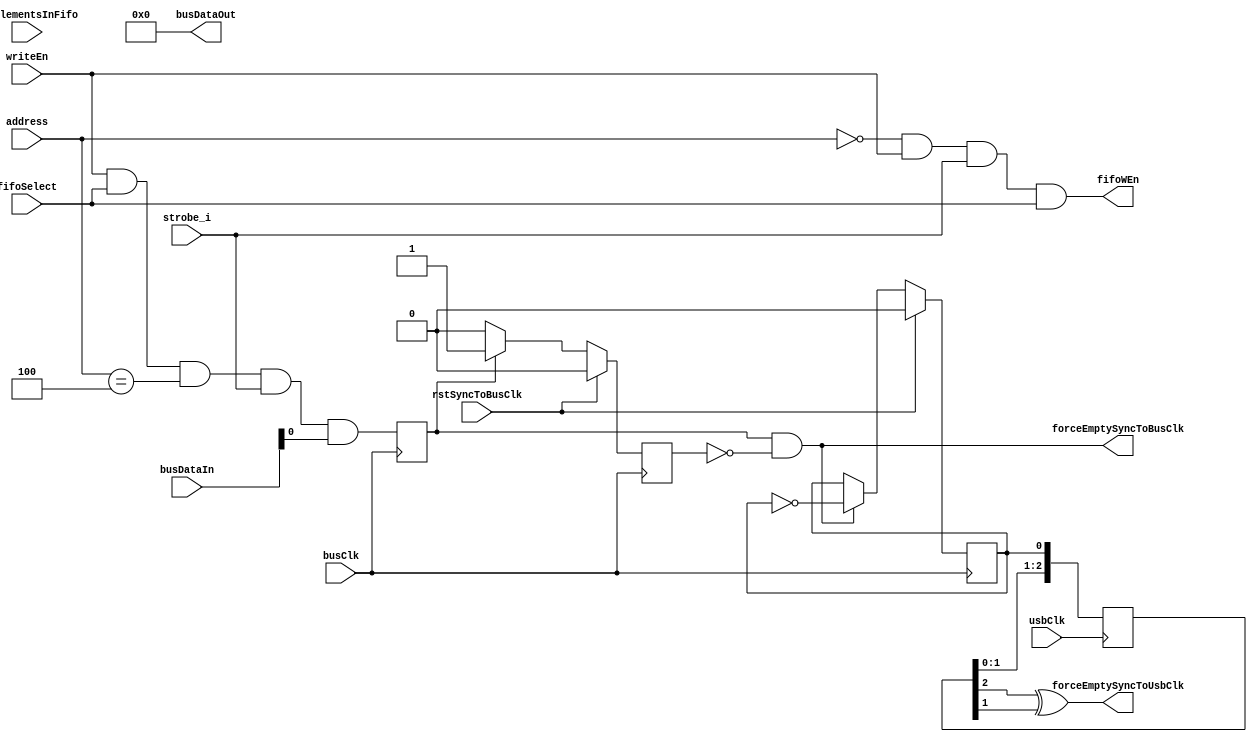
module TxfifoBI (
	input	[2:0]	address,
	input			writeEn,
	input			strobe_i,
	input			busClk,
	input			usbClk,
	input			rstSyncToBusClk,
	input	[7:0]	busDataIn,
	output	[7:0]	busDataOut,
	output			fifoWEn,
	output			forceEmptySyncToUsbClk,
	output			forceEmptySyncToBusClk,
	input	[15:0]	numElementsInFifo,
	input			fifoSelect
);

	reg				forceEmptyReg;
	reg				forceEmpty;
	reg				forceEmptyToggle;
	reg		[2:0]	forceEmptyToggleSyncToUsbClk;

	//sync write
	always @(posedge busClk) begin
		forceEmpty <= (writeEn & fifoSelect & (address == 3'b100) & strobe_i & busDataIn[0]);
	end

	//detect rising edge of 'forceEmpty', and generate toggle signal
	always@(posedge busClk) begin
		if(rstSyncToBusClk) begin
			forceEmptyReg <= 1'b0;
			forceEmptyToggle <= 1'b0; end
		else begin
			if(forceEmpty)	forceEmptyReg <= 1'b1;
			else			forceEmptyReg <= 1'b0;
			if(forceEmpty & ~forceEmptyReg)	forceEmptyToggle <= ~forceEmptyToggle;
		end
	end
	assign forceEmptySyncToBusClk = forceEmpty & ~forceEmptyReg;

	// double sync across clock domains to generate 'forceEmptySyncToUsbClk'
	always@(posedge usbClk) begin
		forceEmptyToggleSyncToUsbClk <= {forceEmptyToggleSyncToUsbClk[1:0], forceEmptyToggle};
	end
	assign forceEmptySyncToUsbClk = forceEmptyToggleSyncToUsbClk[2] ^ forceEmptyToggleSyncToUsbClk[1];

	// async read mux
	assign busDataOut = 8'h00;
	//always @(address or fifoFull or numElementsInFifo)
	//begin
	//  case (address)
	//      3'b001 : busDataOut <= {7'b0000000, fifoFull};
	//      3'b010 : busDataOut <= numElementsInFifo[15:8];
	//      3'b011 : busDataOut <= numElementsInFifo[7:0];
	//      default: busDataOut <= 8'h00;
	//  endcase
	//end

	//generate fifo write strobe
	assign fifoWEn = (address==3'b000) & writeEn & strobe_i & fifoSelect;

endmodule